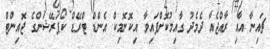
ޗައިނާ އާއި ރާއްޖެއާ ދެމެދު ގާއިމުކޮށްފައިވާ އިކޮނޮމިކް އެންޑް ޓްރޭޑް ކޯޕަރޭޝަންގެ ޖޮއިންޓް